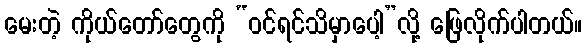
မေးတဲ့ ကိုယ်တော်တွေကို “ဝင်ရင်သိမှာပေါ့”လို့ ဖြေလိုက်ပါတယ်။